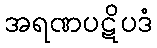
အရဏပဋိပဒံ